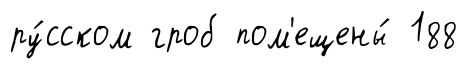
ру́сском гроб пом'ещены́ 188